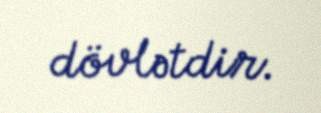
dövlətdir.